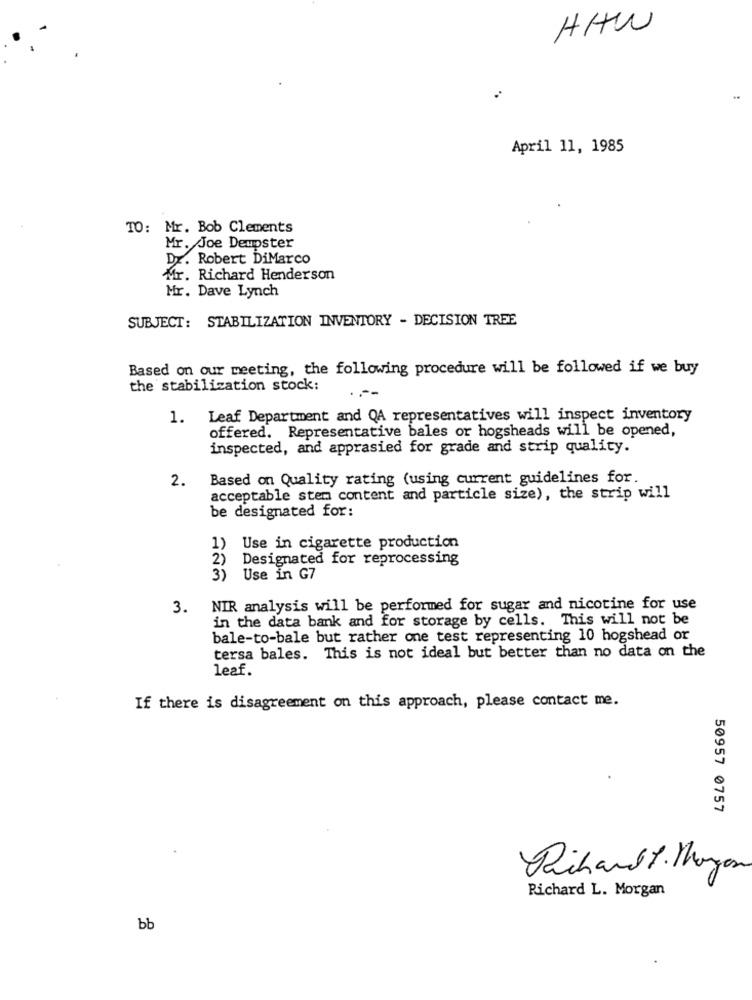
HHW
April 11, 1985
TO: Mr. Bob Clements
Mr. Joe Deupster
Dr. Robert DiMarco
Mr. Richard Henderson
Mr. Dave Lynch
SUBJECT: STABILIZATION INVENTORY - DECISION TREE
Based on our meeting, the following procedure will be followed if we buy
the stabilization stock:
1. Leaf Department and QA representatives will inspect inventory
offered. Representative bales or hogsheads will be opened,
inspected, and apprasied for grade and strip quality.
2.
Based on Quality rating (using current guidelines for.
acceptable stem content and particle size), the strip will
be designated for:
1) Use in cigarette production
2)
Designated for reprocessing
Use in G7
3. NIR analysis will be performed for sugar and nicotine for use
in the data bank and for storage by cells. This will not be
bale-to-bale but rather one test representing 10 hogshead or
tersa bales. This is not ideal but better than no data on the
leaf.
If there is disagreement on this approach, please contact me.
50957 0757
Richard. Morgan
Richard L. Morgan
bb